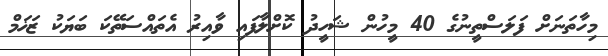
މިހާތަނަށް ފަލަސްތީނުގެ 40 މީހުން ޝަހީދު ކޮށްލާފައި ވާއިރު އެތައްސަތޭކަ ބަޔަކު ޒަޚަމް